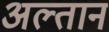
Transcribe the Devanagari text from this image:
अल्तान